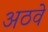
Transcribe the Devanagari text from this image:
अठवे